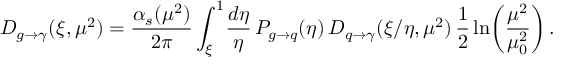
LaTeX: D _ { g \to \gamma } ( \xi , \mu ^ { 2 } ) = \frac { \alpha _ { s } ( \mu ^ { 2 } ) } { 2 \pi } \int _ { \xi } ^ { 1 } \! \frac { d \eta } { \eta } \, P _ { g \to q } ( \eta ) \, D _ { q \to \gamma } ( \xi / \eta , \mu ^ { 2 } ) \, \frac { 1 } { 2 } \ln \! \left( \frac { \mu ^ { 2 } } { \mu _ { 0 } ^ { 2 } } \right) .